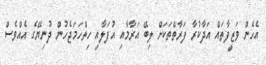
އެހެން ވަޒީފާތައް އަދާކުރާ ފަރާތްތަކަށް ލިބޭ އަރާމާއި އުފަލާއި ހިތްހަމަޖެހުން ދުނިޔޭގެ އެއްވެސް